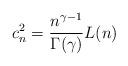
LaTeX: \begin{align*}c_n^2= \frac{n^{\gamma-1}}{\Gamma(\gamma)}L(n)\end{align*}